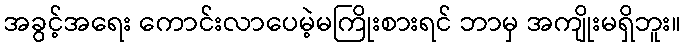
အခွင့်အရေး ကောင်းလာပေမဲ့မကြိုးစားရင် ဘာမှ အကျိုးမရှိဘူး။